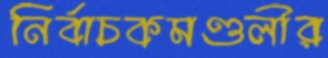
নির্বাচকমণ্ডলীর